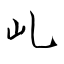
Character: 乢